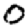
Digit: 0